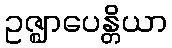
ဥဇ္ဈာပေန္တိယာ